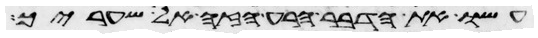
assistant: עשו את הדבר הרע הזה אל שעריך